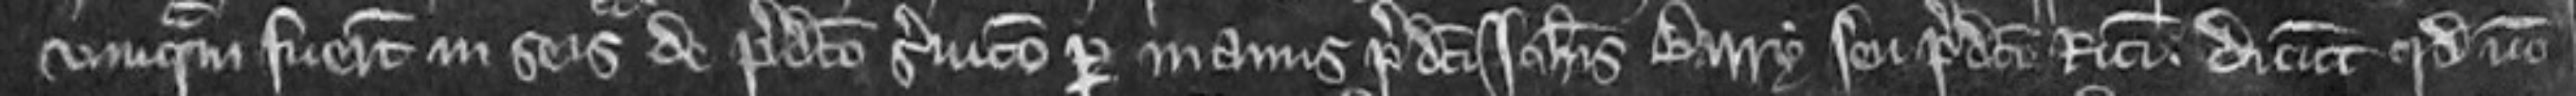
umquam fuerunt in seisina de predicto servicio per manus predicti Johannis Barry seu predicti Ricardi. dicunt quod non.